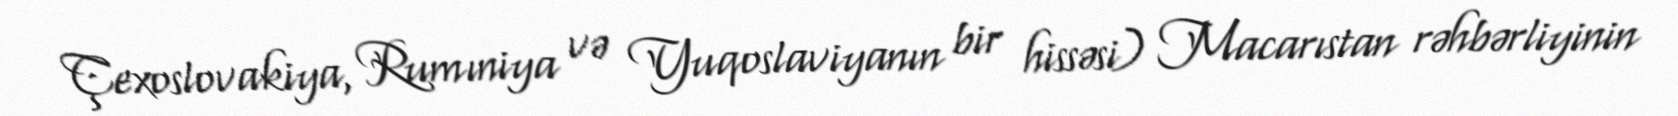
Çexoslovakiya, Rumıniya və Yuqoslaviyanın bir hissəsi) Macarıstan rəhbərliyinin